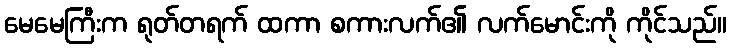
မေမေကြီးက ရုတ်တရက် ထကာ စကားလက်၏ လက်မောင်းကို ကိုင်သည်။